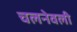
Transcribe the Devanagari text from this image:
चलनेवली